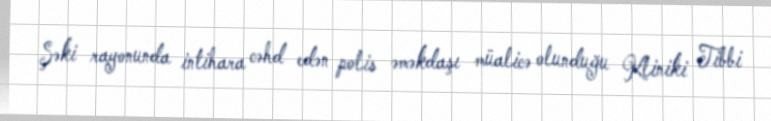
Şəki rayonunda intihara cəhd edən polis əməkdaşı müalicə olunduğu Kliniki Tibbi